Senior Leaving Certificate Examination (including Day School Certificate (Higher) General paper), 1947
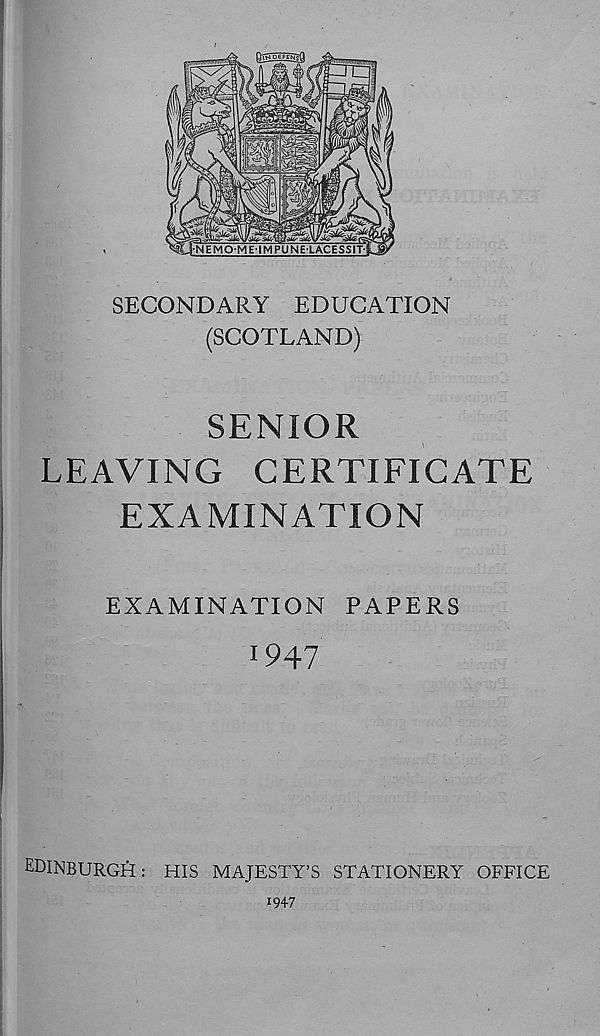
SECONDARY EDUCATION
(SCOTLAND)
SENIOR
LEAVING CERTIFICATE
EXAMINATION
EXAMINATION PAPERS
1 947
EDINBURGft: HIS MAJESTY'S STATIONERY OFFICE
1947